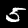
Label: 5